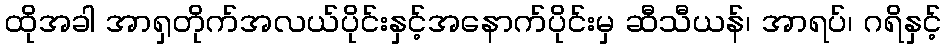
ထိုအခါ အာရှတိုက်အလယ်ပိုင်းနှင့်အနောက်ပိုင်းမှ ဆီသီယန်၊ အာရပ်၊ ဂရိနှင့်